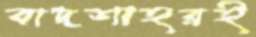
বাদশাহরই